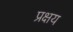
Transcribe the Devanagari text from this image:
प्रक्षय